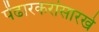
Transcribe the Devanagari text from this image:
पेंढारकरांसारखे